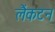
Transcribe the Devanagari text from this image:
लैंकटन